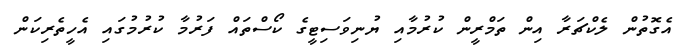
އެގޮތުން ލެކްޗަރާ އިން ތަމްރީން ކުރުމާއި ޔުނިވަސިޓީގެ ކޯސްތައް ފަރުމާ ކުރުމުގައި އެހީތެރިކަން